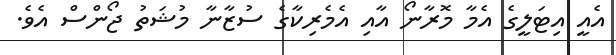
އެއީ އިޓަލީގެ އެމާ މޮރާނޯ އާއި އެމެރިކާގެ ސުޒާނާ މުޝަތު ޖޯންސް އެވެ.